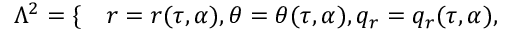
\begin{array} { r l } { \Lambda ^ { 2 } = \{ } & { { } r = r ( \tau , \alpha ) , \theta = \theta ( \tau , \alpha ) , q _ { r } = q _ { r } ( \tau , \alpha ) , } \end{array}